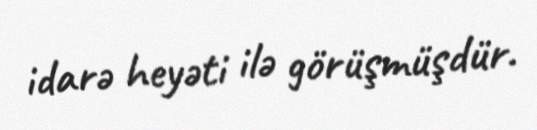
idarə heyəti ilə görüşmüşdür.